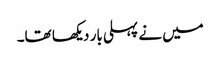
میں نے پہلی بار دیکھا تھا۔